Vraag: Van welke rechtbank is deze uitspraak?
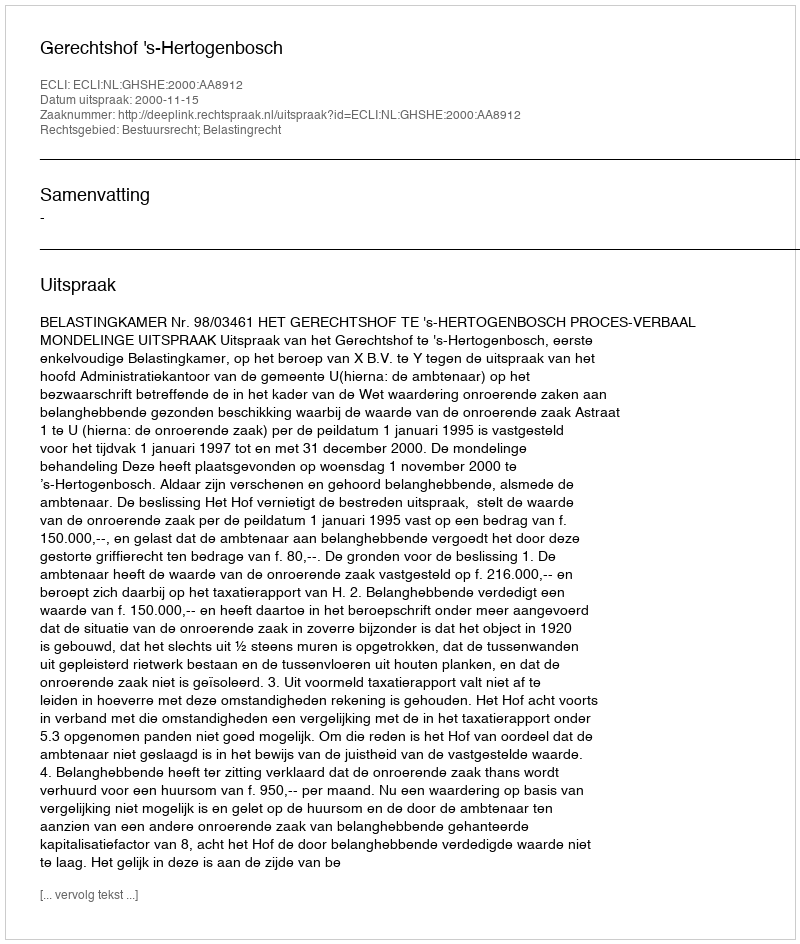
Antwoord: Gerechtshof 's-Hertogenbosch